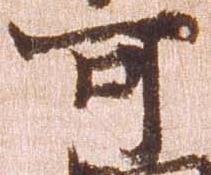
可